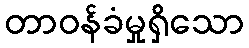
တာဝန်ခံမှုရှိသော